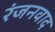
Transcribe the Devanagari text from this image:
रंजनवाद